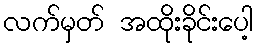
လက်မှတ် အထိုးခိုင်းပေါ့